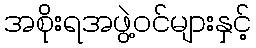
အစိုးရအဖွဲ့ဝင်များနှင့်